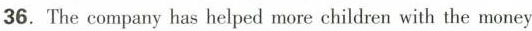
36.The company has helped more children with the money